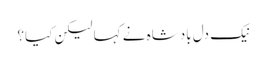
نیک دل بادشاہ نے کہا لیکن کیا؟